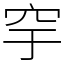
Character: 穻